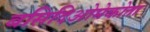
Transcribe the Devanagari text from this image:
बसिदिओमेकोता